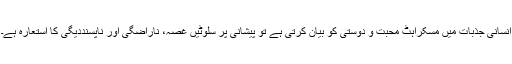
انسانی جذبات میں مسکراہٹ محبت و دوستی کو بیان کرتی ہے تو پیشانی پر سلوٹیں غصہ، ناراضگی اور ناپسنددیگی کا استعارہ ہے۔